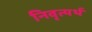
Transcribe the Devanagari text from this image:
निवृत्यर्थ